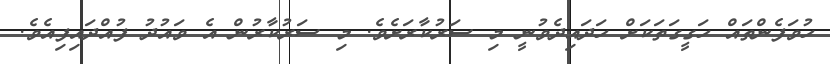
ހުވަފެންތައް ހަގީގަތަކަށް ހަދައިދެވުނީ މި ސަރުކާރަށެވެ. މި ސަރުކާރުން އެ ވައުދު ފުއްދައިފިއެވެ.